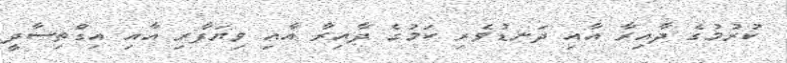
ކުރުމުގެ ދާއިރާ އާއި ދަނޑުވެރި ކަމުގެ ދާއިރާ އާއި ވިޔަފާރި އާއި އިގްތިސާދީ